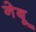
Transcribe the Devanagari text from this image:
नेबू